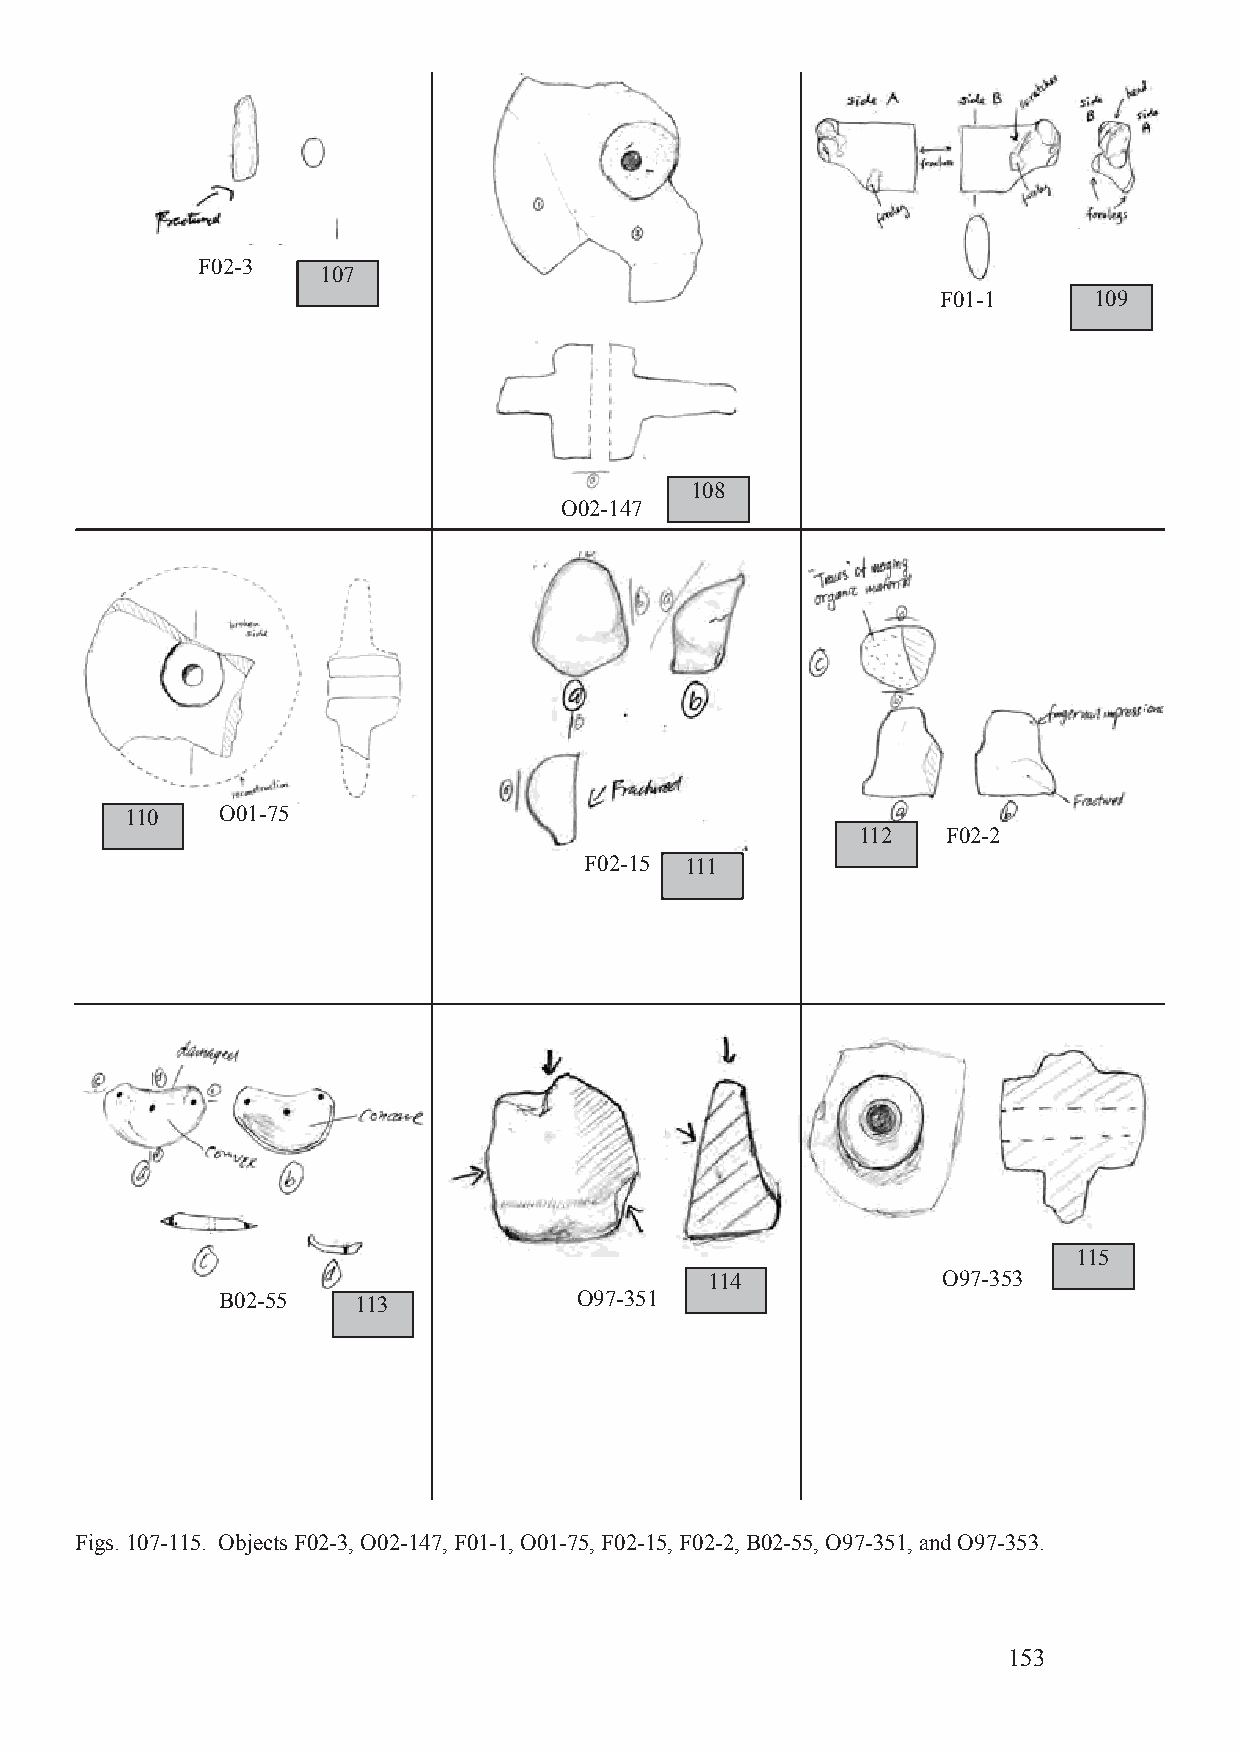
F02-3
 107
 F01-1     109
 108
 O02-147
 110    O01-75
 112   F02-2
 F02-15 111
 115
 114            O97-353
 B02-55    113           O97-351
 Figs. 107-115. Objects F02-3, O02-147, F01-1, O01-75, F02-15, F02-2, B02-55, O97-351, and O97-353.
 153